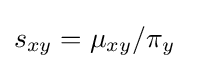
s_{xy}=\mu _{xy}/\pi _{y}\